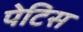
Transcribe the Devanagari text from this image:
पेटिस